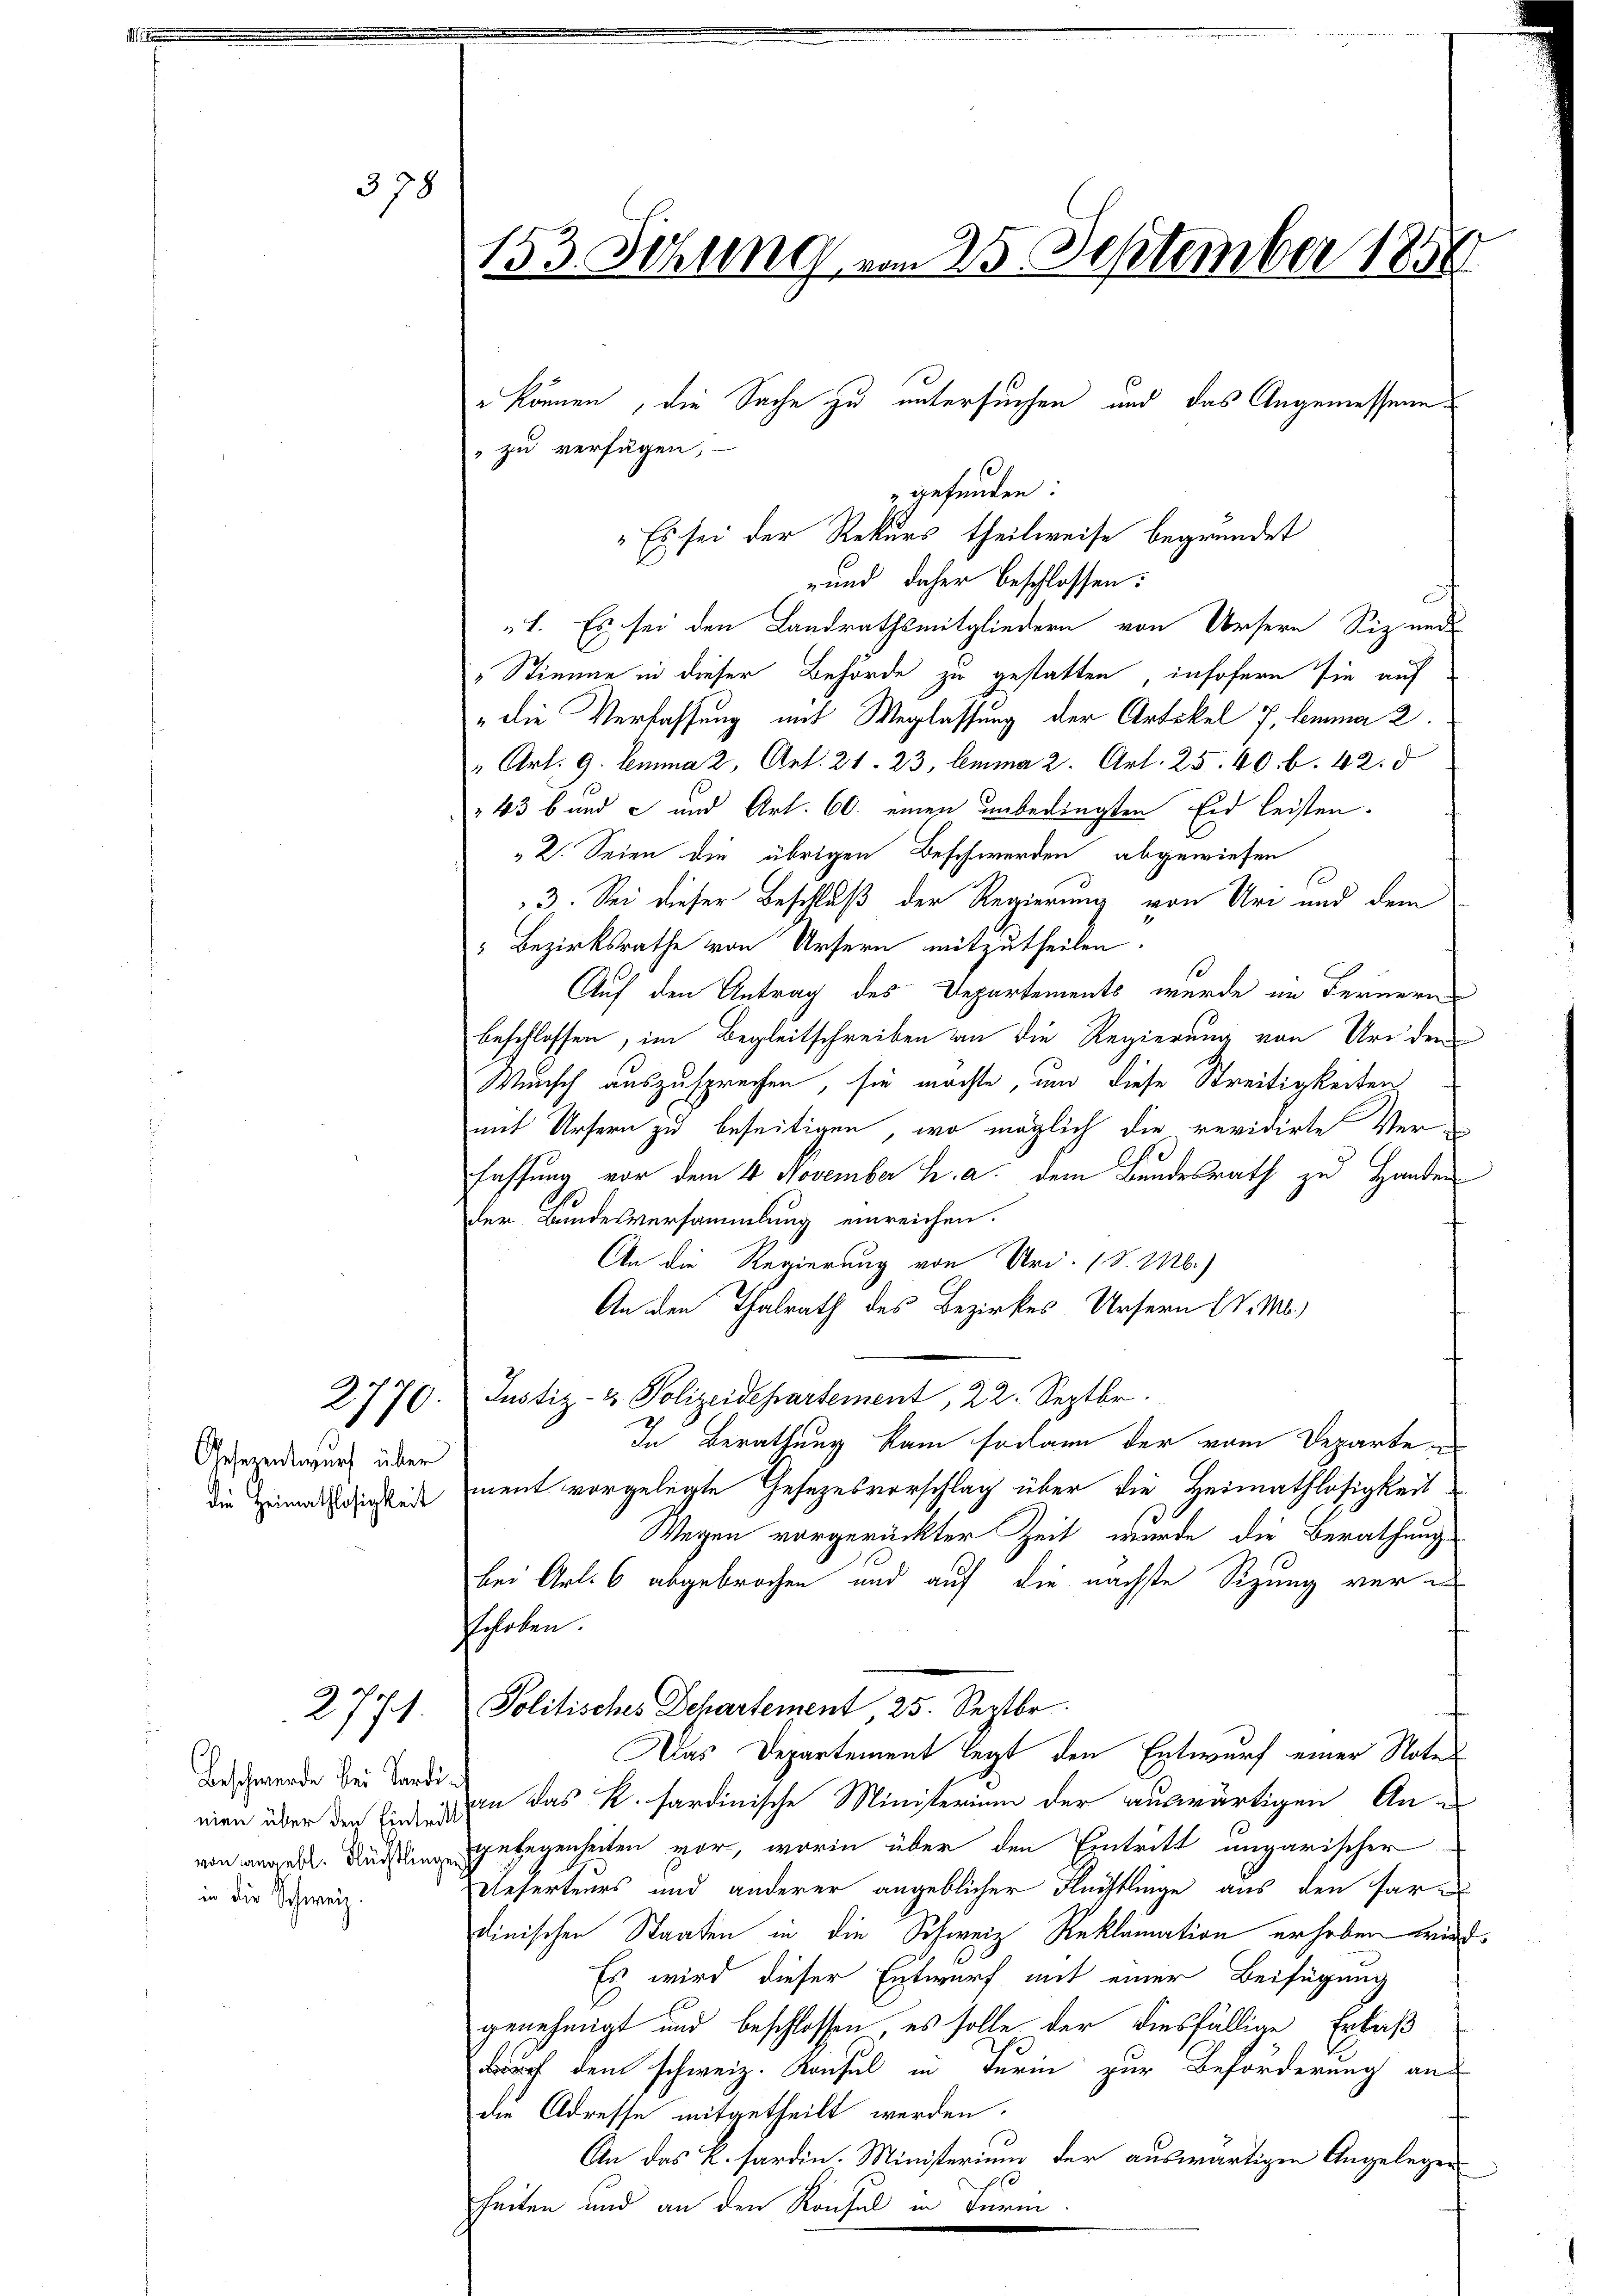
378

Gesezentwurf über

2770.

271.

Beschwerde bei Sardi
mien über den Eintritt.
in die Schweiz.

153. Sitzung vom 25. September 1858
e können, die Sache zu untersuchen und das Angemessene
" zu versagen,
gefunden:

"Es sei der Rekurs theilweise begründet
rund daher beschlossen:
1. Es sei den Landrathsmitgliedern von Ursern Siz und
„Stimme in dieser Behörde zu gestatten, insofern sie auf
"die Verfassung mit Weglassung der Artikel 7, Lemma 2.
" Art. 9. Lemma 2 Art. 21. 23, lemma 2. Art. 25. 60. b. 42.
43 b und c und Art. 60. einen unbedingten Eid leisten.
" 2. Seien die übrigen Beschwerden abgewiesen
3. Sei dieser Beschluß der Regierung von Uri und dem
" Bezirksrathe von Ursern mitzutheilen.
Auf den Antrag des Departements wurde im Fernern
beschlossen, im Begleitschreiben an die Regierung von Uriden
Wunsch auszusprechen, sie möchte, und diese Streitigkeiten
mit Ursern zu beseitigen, wo möglich die revidirte Verfassung vor dem 4 November h. a. dem Bundesrath zu Handen
der Bundesversammlung einreichen.
An die Regierung von Uri. (S. M.)
An den Thalrath des Bezirkes Ursern v. M.)
Justiz- & Polizeidepartement, 22. Septbr.
In Berathung kam sodann der vom Departedie Heimathlichkeit ment vorgelegte Gesezesvorschlag über die Heimathlosigkeit
Wegen vorgerückter Zeit wurde die Berathung
bei Art. 6 abgebrochen und auf die nächste Sizung ver¬
Echoben.
Politisches Departement, 25. Septbr.
Das Departement legt den Entwurf einer Notes
an das K. hardinische Ministerium der auswärtigen An¬
 gelegenheiten vor, worin über den Eintritt ungarischer
Reserteurs und anderer angeblicher Flüchtlinge aus den faren
dinischen Staaten in die Schweiz Reklamation erhoben wird
Es wird dieser Entwurf mit einer Beifügung
genehmigt und beschlossen, es solle der diesfällige Erlaß
darf dem schweiz. Konsul in Turin zur Beförderung aus
die Adresse mitgetheilt werden.
An das K. Sardin. Ministerium der auswärtigen Angelegen
00
heiten und an den Konsul in Termi